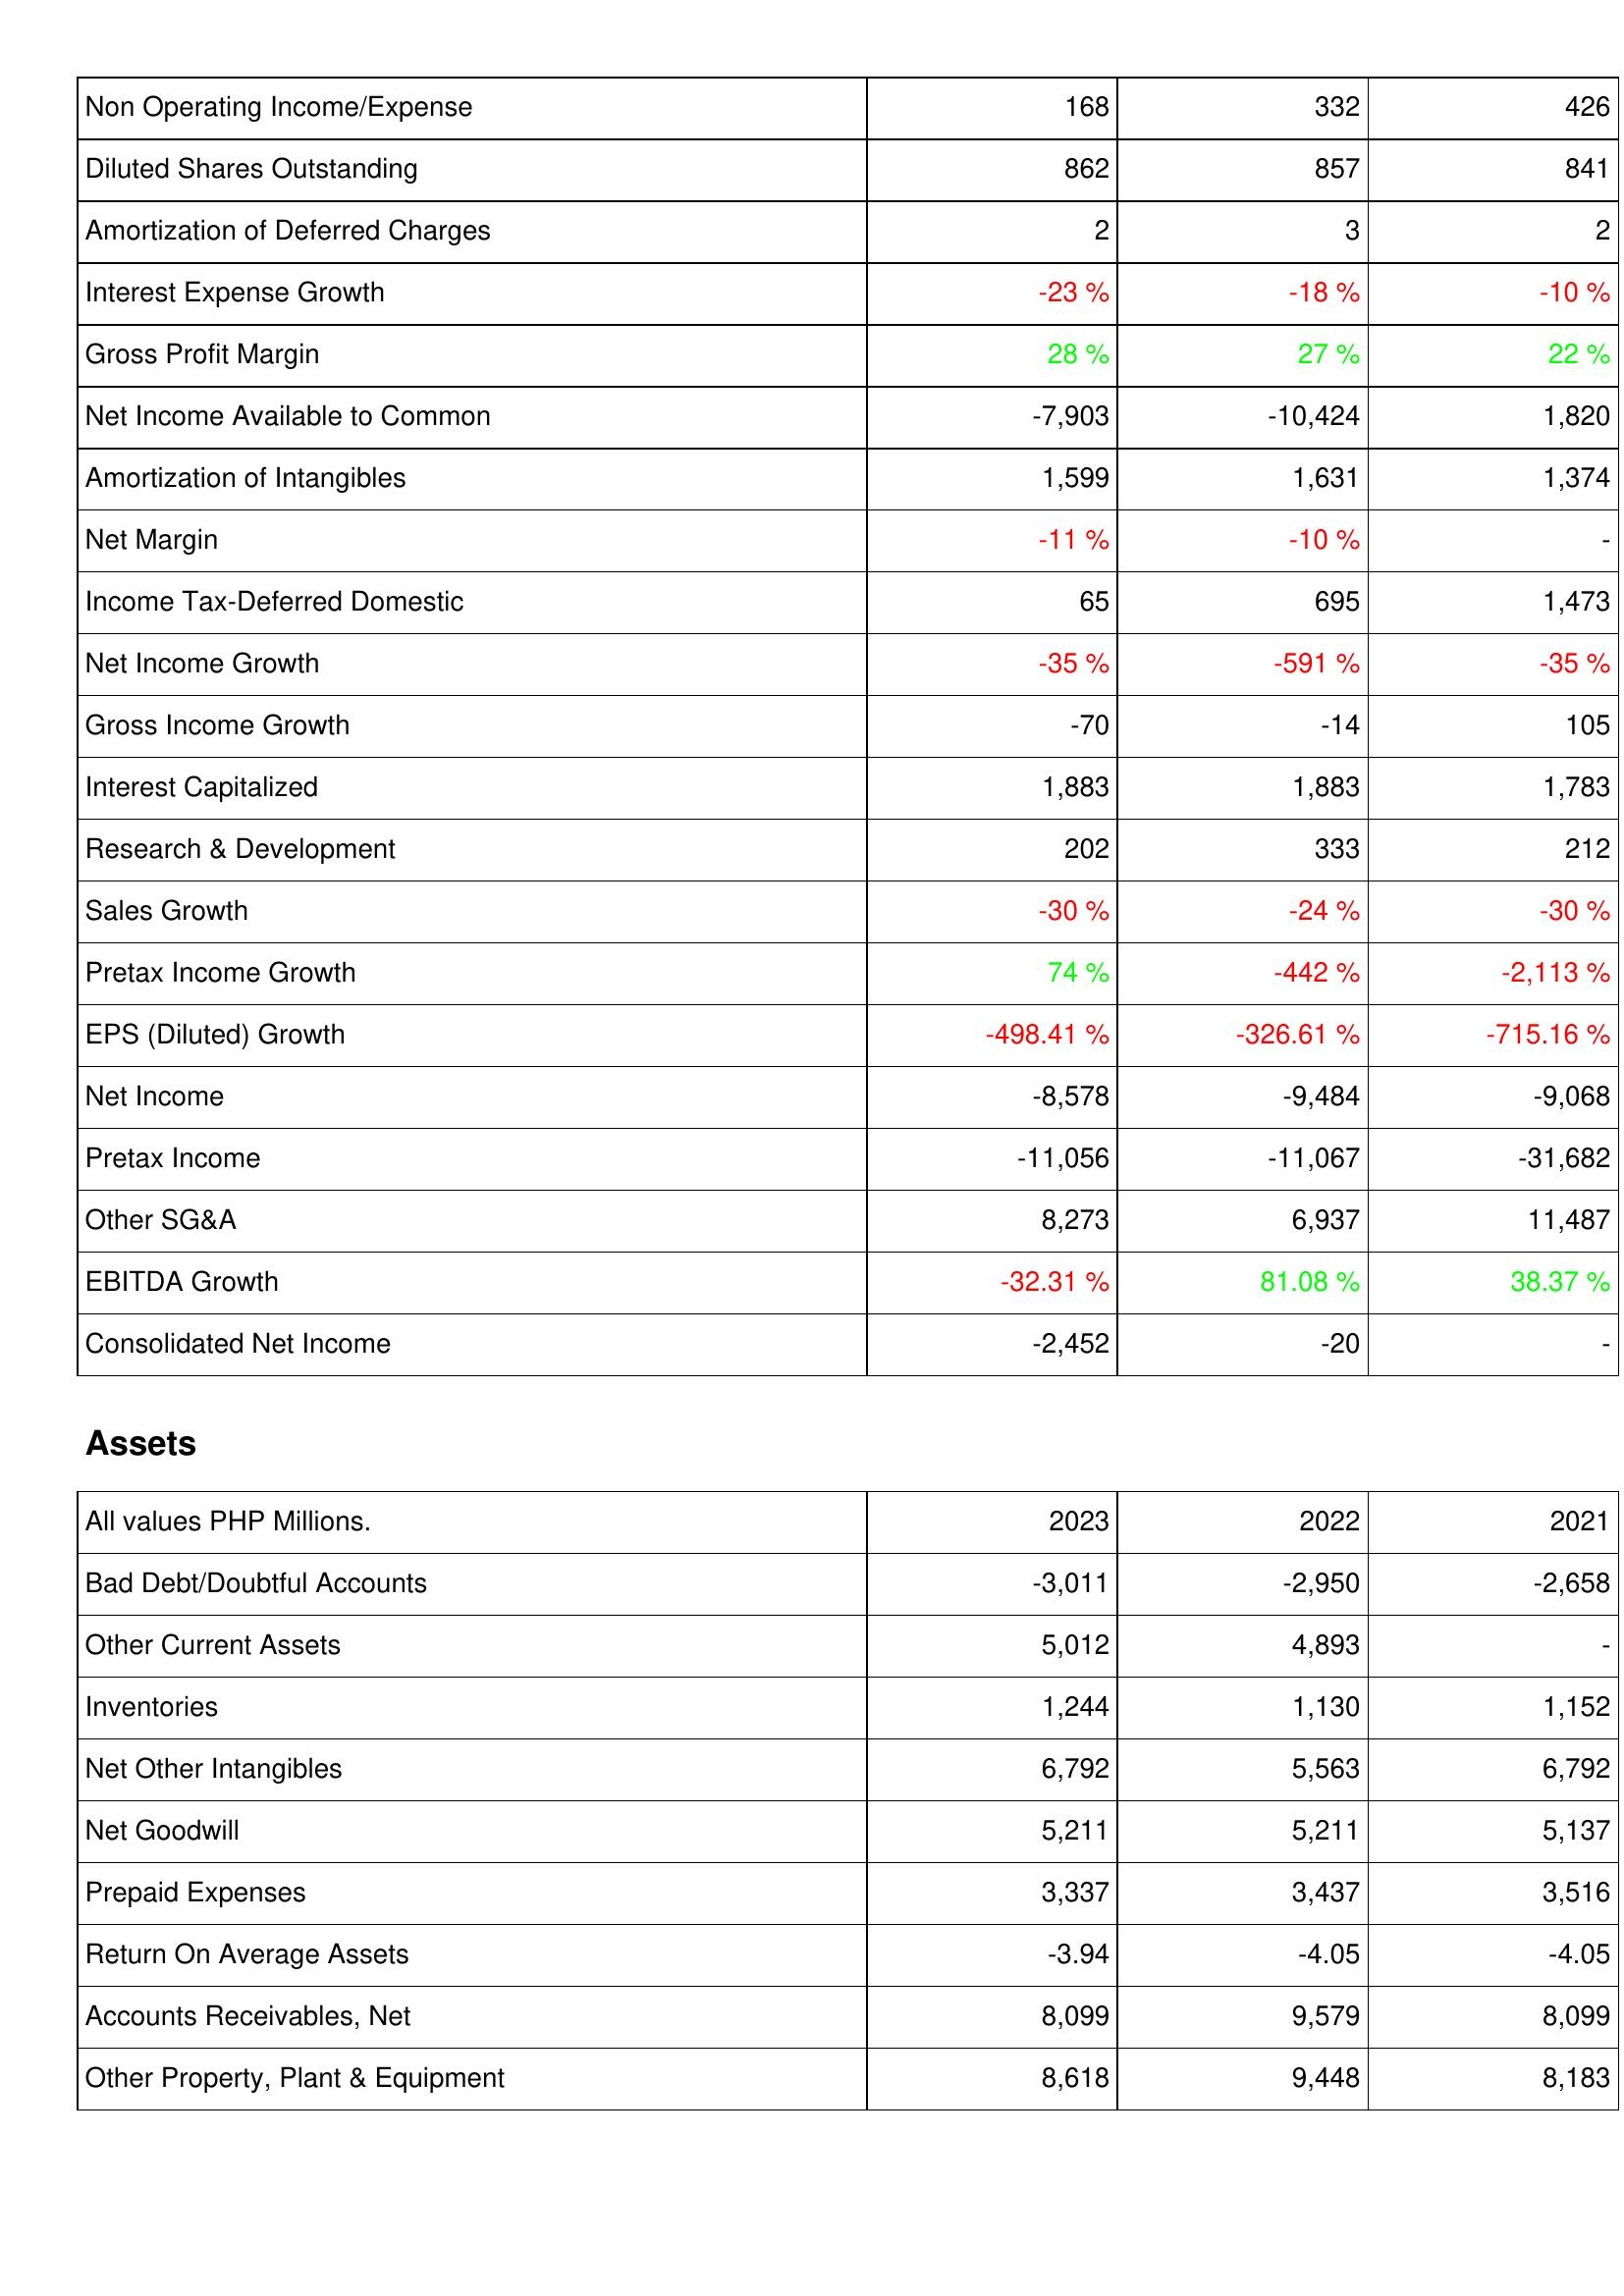
2023: Income Statement: Non Operating Income/Expense: 168
Diluted Shares Outstanding: 862
Amortization of Deferred Charges: 2
Interest Expense Growth: -23 %
Gross Profit Margin: 28 %
Net Income Available to Common: -7,903
Amortization of Intangibles: 1,599
Net Margin: -11 %
Income Tax-Deferred Domestic: 65
Net Income Growth: -35 %
Gross Income Growth: -70
Interest Capitalized: 1,883
Research & Development: 202
Sales Growth: -30 %
Pretax Income Growth: 74 %
EPS (Diluted) Growth: -498.41 %
Net Income: -8,578
Pretax Income: -11,056
Other SG&A: 8,273
EBITDA Growth: -32.31 %
Consolidated Net Income: -2,452
Assets: Bad Debt/Doubtful Accounts: -3,011
Other Current Assets: 5,012
Inventories: 1,244
Net Other Intangibles: 6,792
Net Goodwill: 5,211
Prepaid Expenses: 3,337
Return On Average Assets: -3.94
Accounts Receivables, Net: 8,099
Other Property, Plant & Equipment: 8,618
2022: Income Statement: Non Operating Income/Expense: 332
Diluted Shares Outstanding: 857
Amortization of Deferred Charges: 3
Interest Expense Growth: -18 %
Gross Profit Margin: 27 %
Net Income Available to Common: -10,424
Amortization of Intangibles: 1,631
Net Margin: -10 %
Income Tax-Deferred Domestic: 695
Net Income Growth: -591 %
Gross Income Growth: -14
Interest Capitalized: 1,883
Research & Development: 333
Sales Growth: -24 %
Pretax Income Growth: -442 %
EPS (Diluted) Growth: -326.61 %
Net Income: -9,484
Pretax Income: -11,067
Other SG&A: 6,937
EBITDA Growth: 81.08 %
Consolidated Net Income: -20
Assets: Bad Debt/Doubtful Accounts: -2,950
Other Current Assets: 4,893
Inventories: 1,130
Net Other Intangibles: 5,563
Net Goodwill: 5,211
Prepaid Expenses: 3,437
Return On Average Assets: -4.05
Accounts Receivables, Net: 9,579
Other Property, Plant & Equipment: 9,448
2021: Income Statement: Non Operating Income/Expense: 426
Diluted Shares Outstanding: 841
Amortization of Deferred Charges: 2
Interest Expense Growth: -10 %
Gross Profit Margin: 22 %
Net Income Available to Common: 1,820
Amortization of Intangibles: 1,374
Net Margin: -
Income Tax-Deferred Domestic: 1,473
Net Income Growth: -35 %
Gross Income Growth: 105
Interest Capitalized: 1,783
Research & Development: 212
Sales Growth: -30 %
Pretax Income Growth: -2,113 %
EPS (Diluted) Growth: -715.16 %
Net Income: -9,068
Pretax Income: -31,682
Other SG&A: 11,487
EBITDA Growth: 38.37 %
Consolidated Net Income: -
Assets: Bad Debt/Doubtful Accounts: -2,658
Other Current Assets: -
Inventories: 1,152
Net Other Intangibles: 6,792
Net Goodwill: 5,137
Prepaid Expenses: 3,516
Return On Average Assets: -4.05
Accounts Receivables, Net: 8,099
Other Property, Plant & Equipment: 8,183